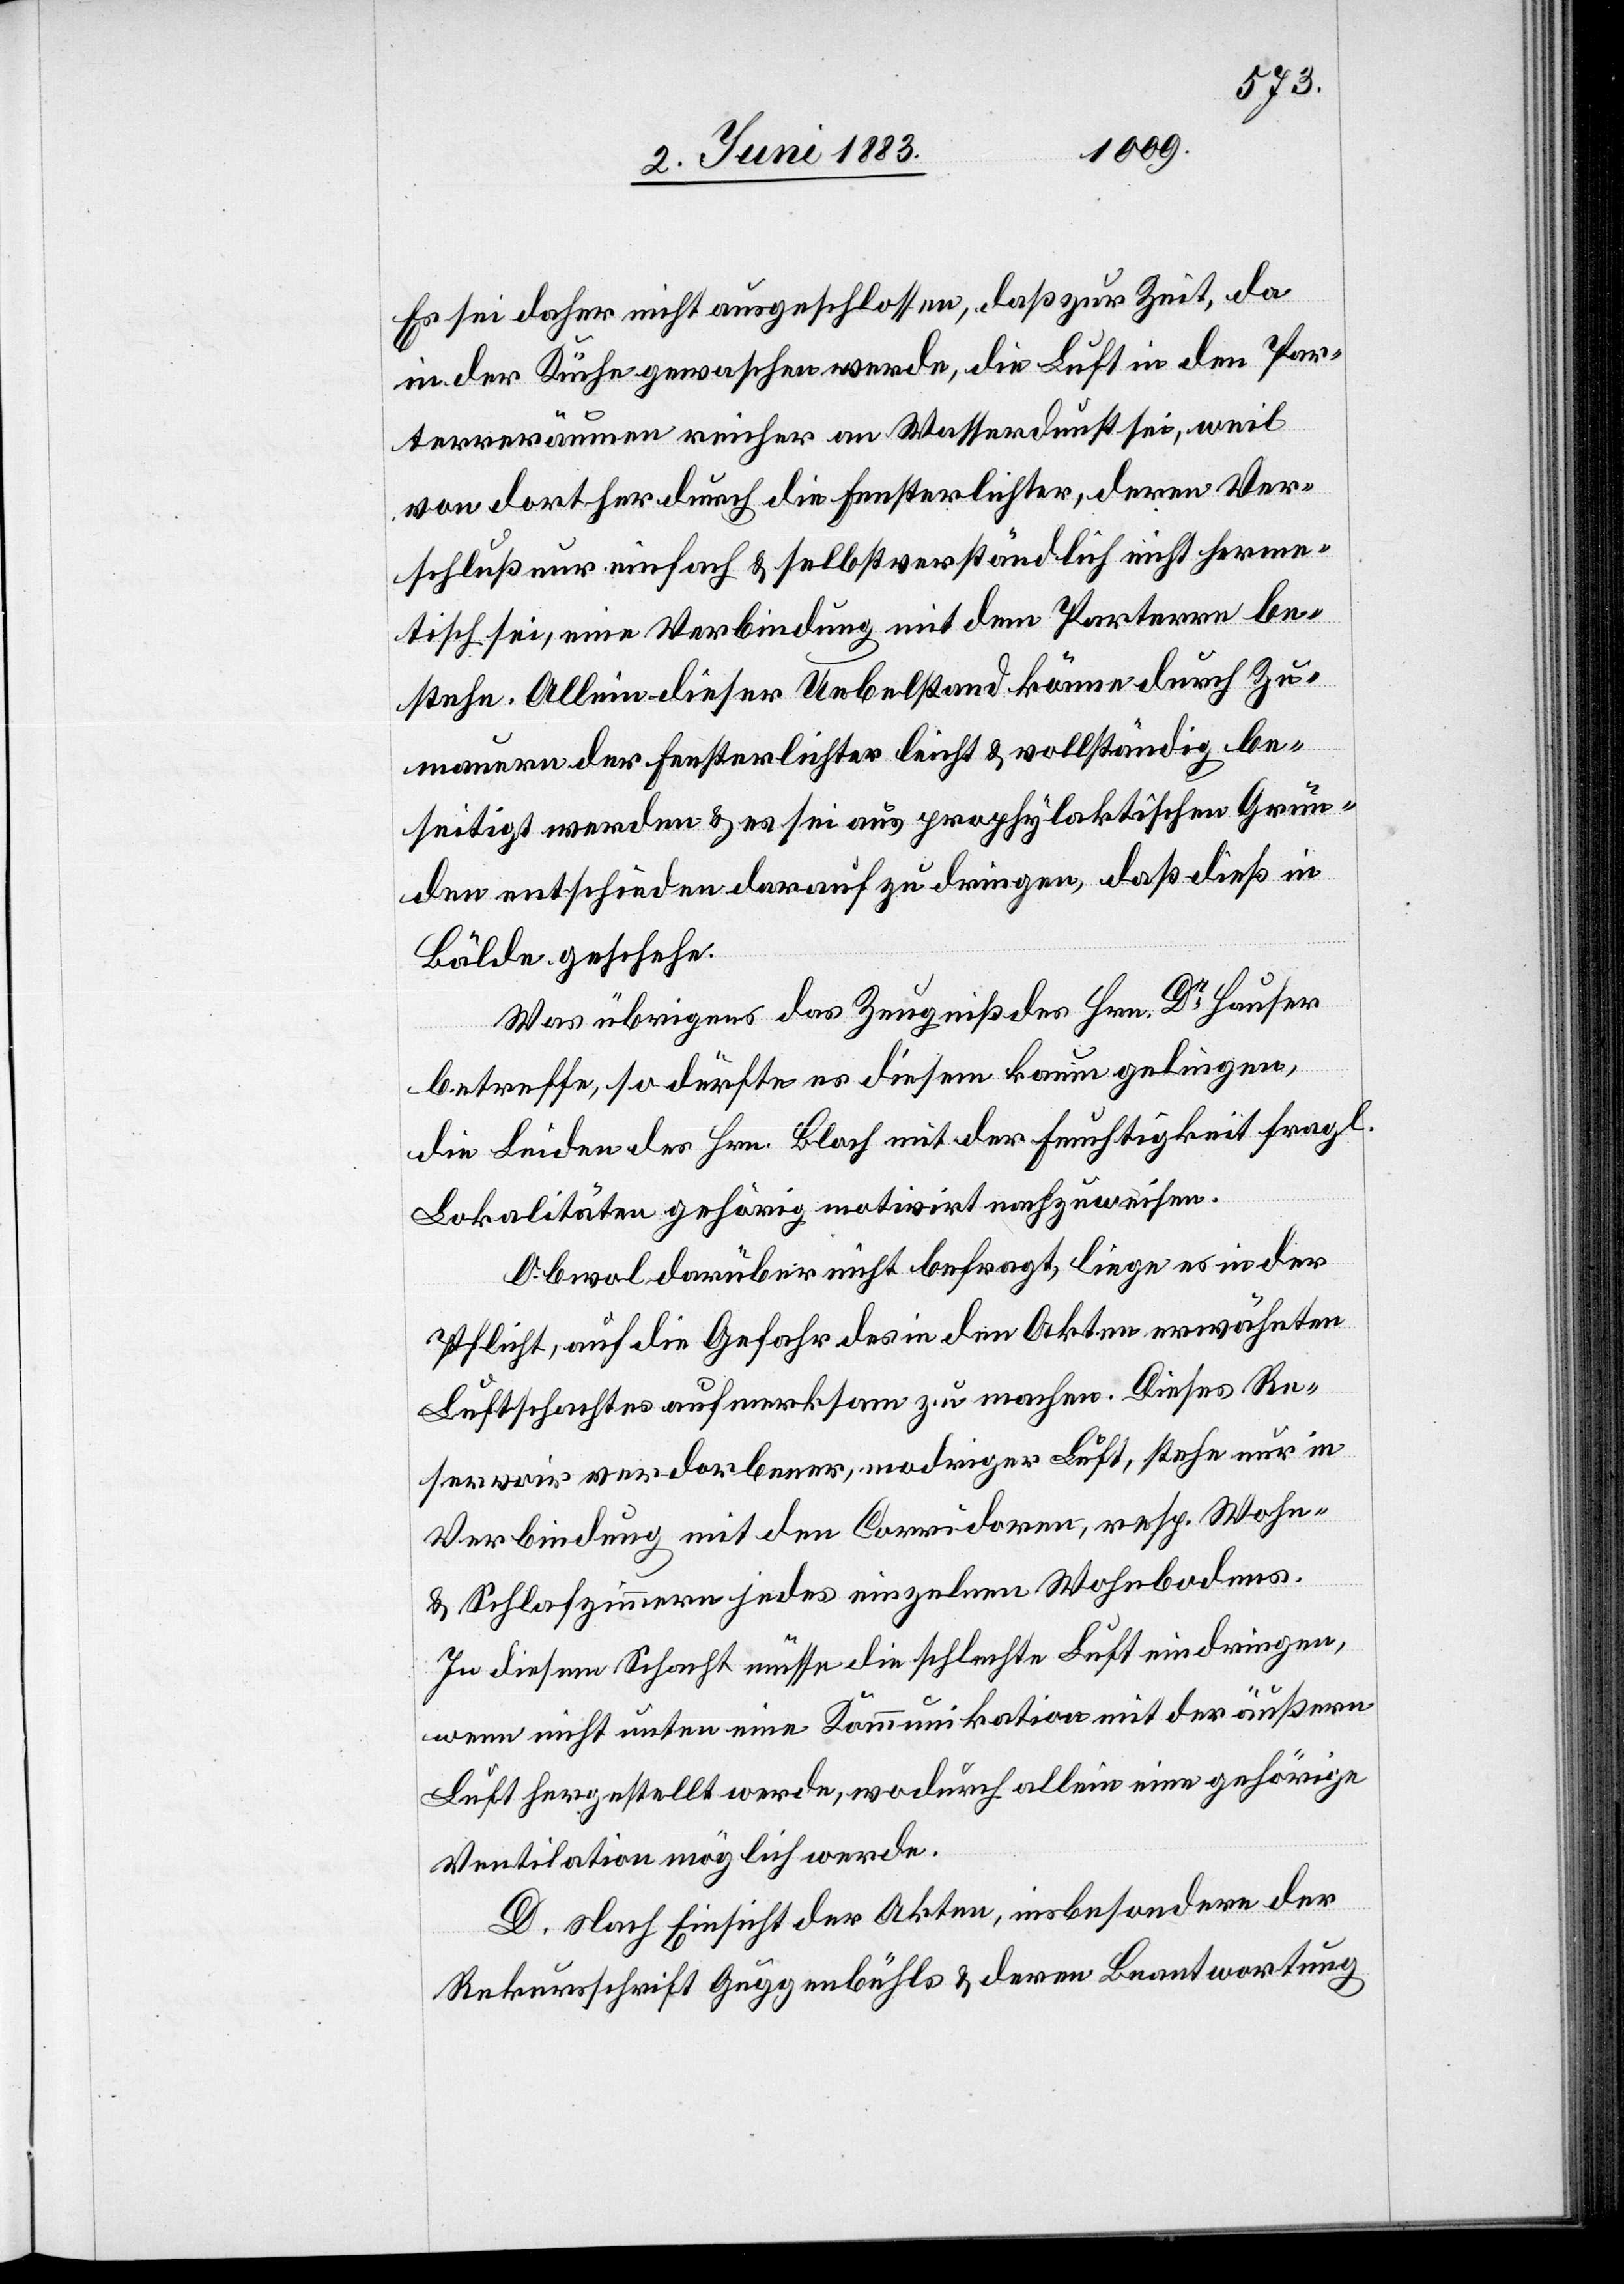
Es sei daher nicht ausgeschlossen, daß zur Zeit, da
in der Küche gewaschen werde, die Luft in den Par¬
terreräumen reicher an Wasserdunst sei, weil
von dorther durch die Fensterlichter, deren Ver¬
schluß nur einfach & selbstverständlich nicht ferme¬
tisch sei, eine Verbindung mit dem Parterre be¬
stehe. Allein dieser Uebelstand könne durch Zu¬
mauern der Fensterlichter leicht & vollständig be¬
seitigt werden & es sei aus prophylaktischen Grün¬
den entschieden darauf zu dringen, daß dieß in
Bälde geschehe.
Was übrigens das Zeugniß des Hrn. Dr Hauser
betreffe, so dürfte es diesem kaum gelingen,
die Leiden des Hrn. Bloch mit der Feuchtigkeit fragl.
Lokalitäten gehörig motivirt nachzuweisen.
Obwohl darüber nicht befragt, liege es in der
Pflicht, auf die Gefahr des in den Akten erwähnten
Luftschachtes aufmerksam zu machen. Dieses Re¬
servoir verdorbener, modriger Luft, stehe nur in
Verbindung mit den Corridoren, resp. Wohn-
& Schlafzimmern jedes einzelnen Wohnbodens.
In diesem Schacht müsse die schlechte Luft eindringen,
wenn nicht unter eine Kommunikation mit der äußern
Luft hergestellt werde, wodurch allein eine gehörige
Ventilation möglich werde.
D. Nach Einsicht der Akten, insbesondere der
Rekursschrift Guggenbühls & deren Beantwortung